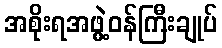
အစိုးရအဖွဲ့ဝန်ကြီးချုပ်